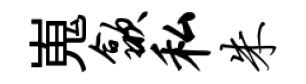
嵬歙私朱